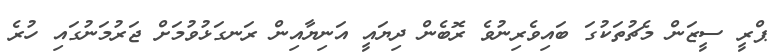
ޕްރީ ސީޒަން މެޗުތަކުގަ ބައިވެރިނުވެ ރޮބެން ދިޔައީ އަނިޔާއިން ރަނގަޅުވުމަށް ޖަރުމަނުގައި ހުރެ